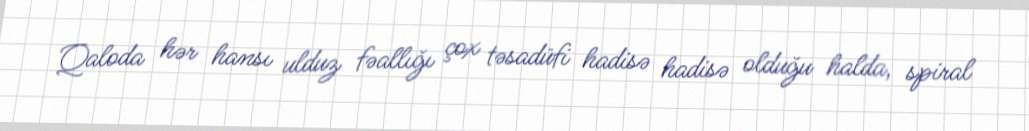
Qaloda hər hansı ulduz fəallığı çox təsadüfi hadisə hadisə olduğu halda, spiral